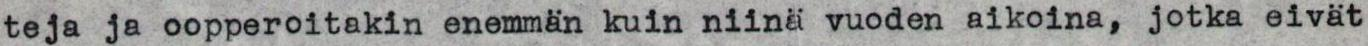
teja ja oopperoitakin enemmän kuin niinä vuoden aikoina, jotka eivät